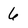
Character: 6